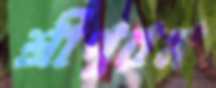
শ্রীপুরম